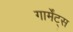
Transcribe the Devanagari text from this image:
गार्मेंट्स